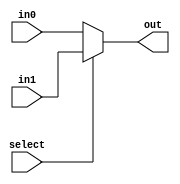
`timescale 1ns / 1ps

module mux2x1(in0, in1,select, out);
    input wire select;
    input wire [31:0] in0;
    input wire [31:0] in1;
    output reg[31:0] out;

    always @(*)
    begin
        if(select == 2'b00)
        begin
            out <= in0;
        end
        else 
        begin
            out <= in1;
        end
    end


endmodule